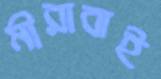
মীরাবাই